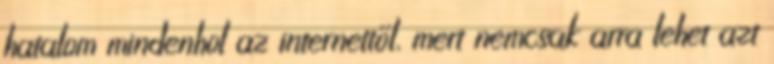
hatalom mindenhol az internettől, mert nemcsak arra lehet azt